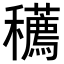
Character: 𥤆